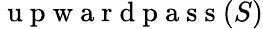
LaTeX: \mathrm{~u~p~w~a~r~d~p~a~s~s~}(S)